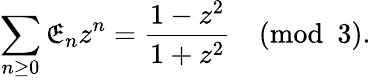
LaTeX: \sum_{n\geq0}\mathfrak{E}_{n}z^{n}={\frac{{1-z^{2}}}{{1+z^{2}}}}{\pmod{3}}.